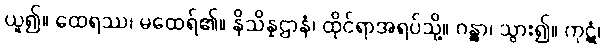
ယူ၍။ ထေရဿ၊ မထေရ်၏။ နိသိန္နဌာနံ၊ ထိုင်ရာအရပ်သို့။ ဂန္တွာ၊ သွား၍။ ကုဋံ၊